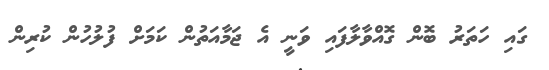
ގައި ހަތަރު ބޮން ގޮއްވާލާފައި ވަނީ އެ ޖަމާއަތުން ކަމަށް ފުލުހުން ކުރިން